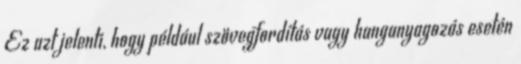
Ez azt jelenti, hogy például szövegfordítás vagy hanganyagozás esetén